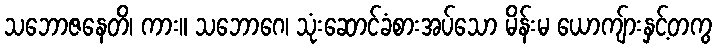
သဘောဇနေတိ၊ ကား။ သဘောဂေ၊ သုံးဆောင်ခံစားအပ်သော မိန်းမ ယောကျ်ားနှင့်တကွ